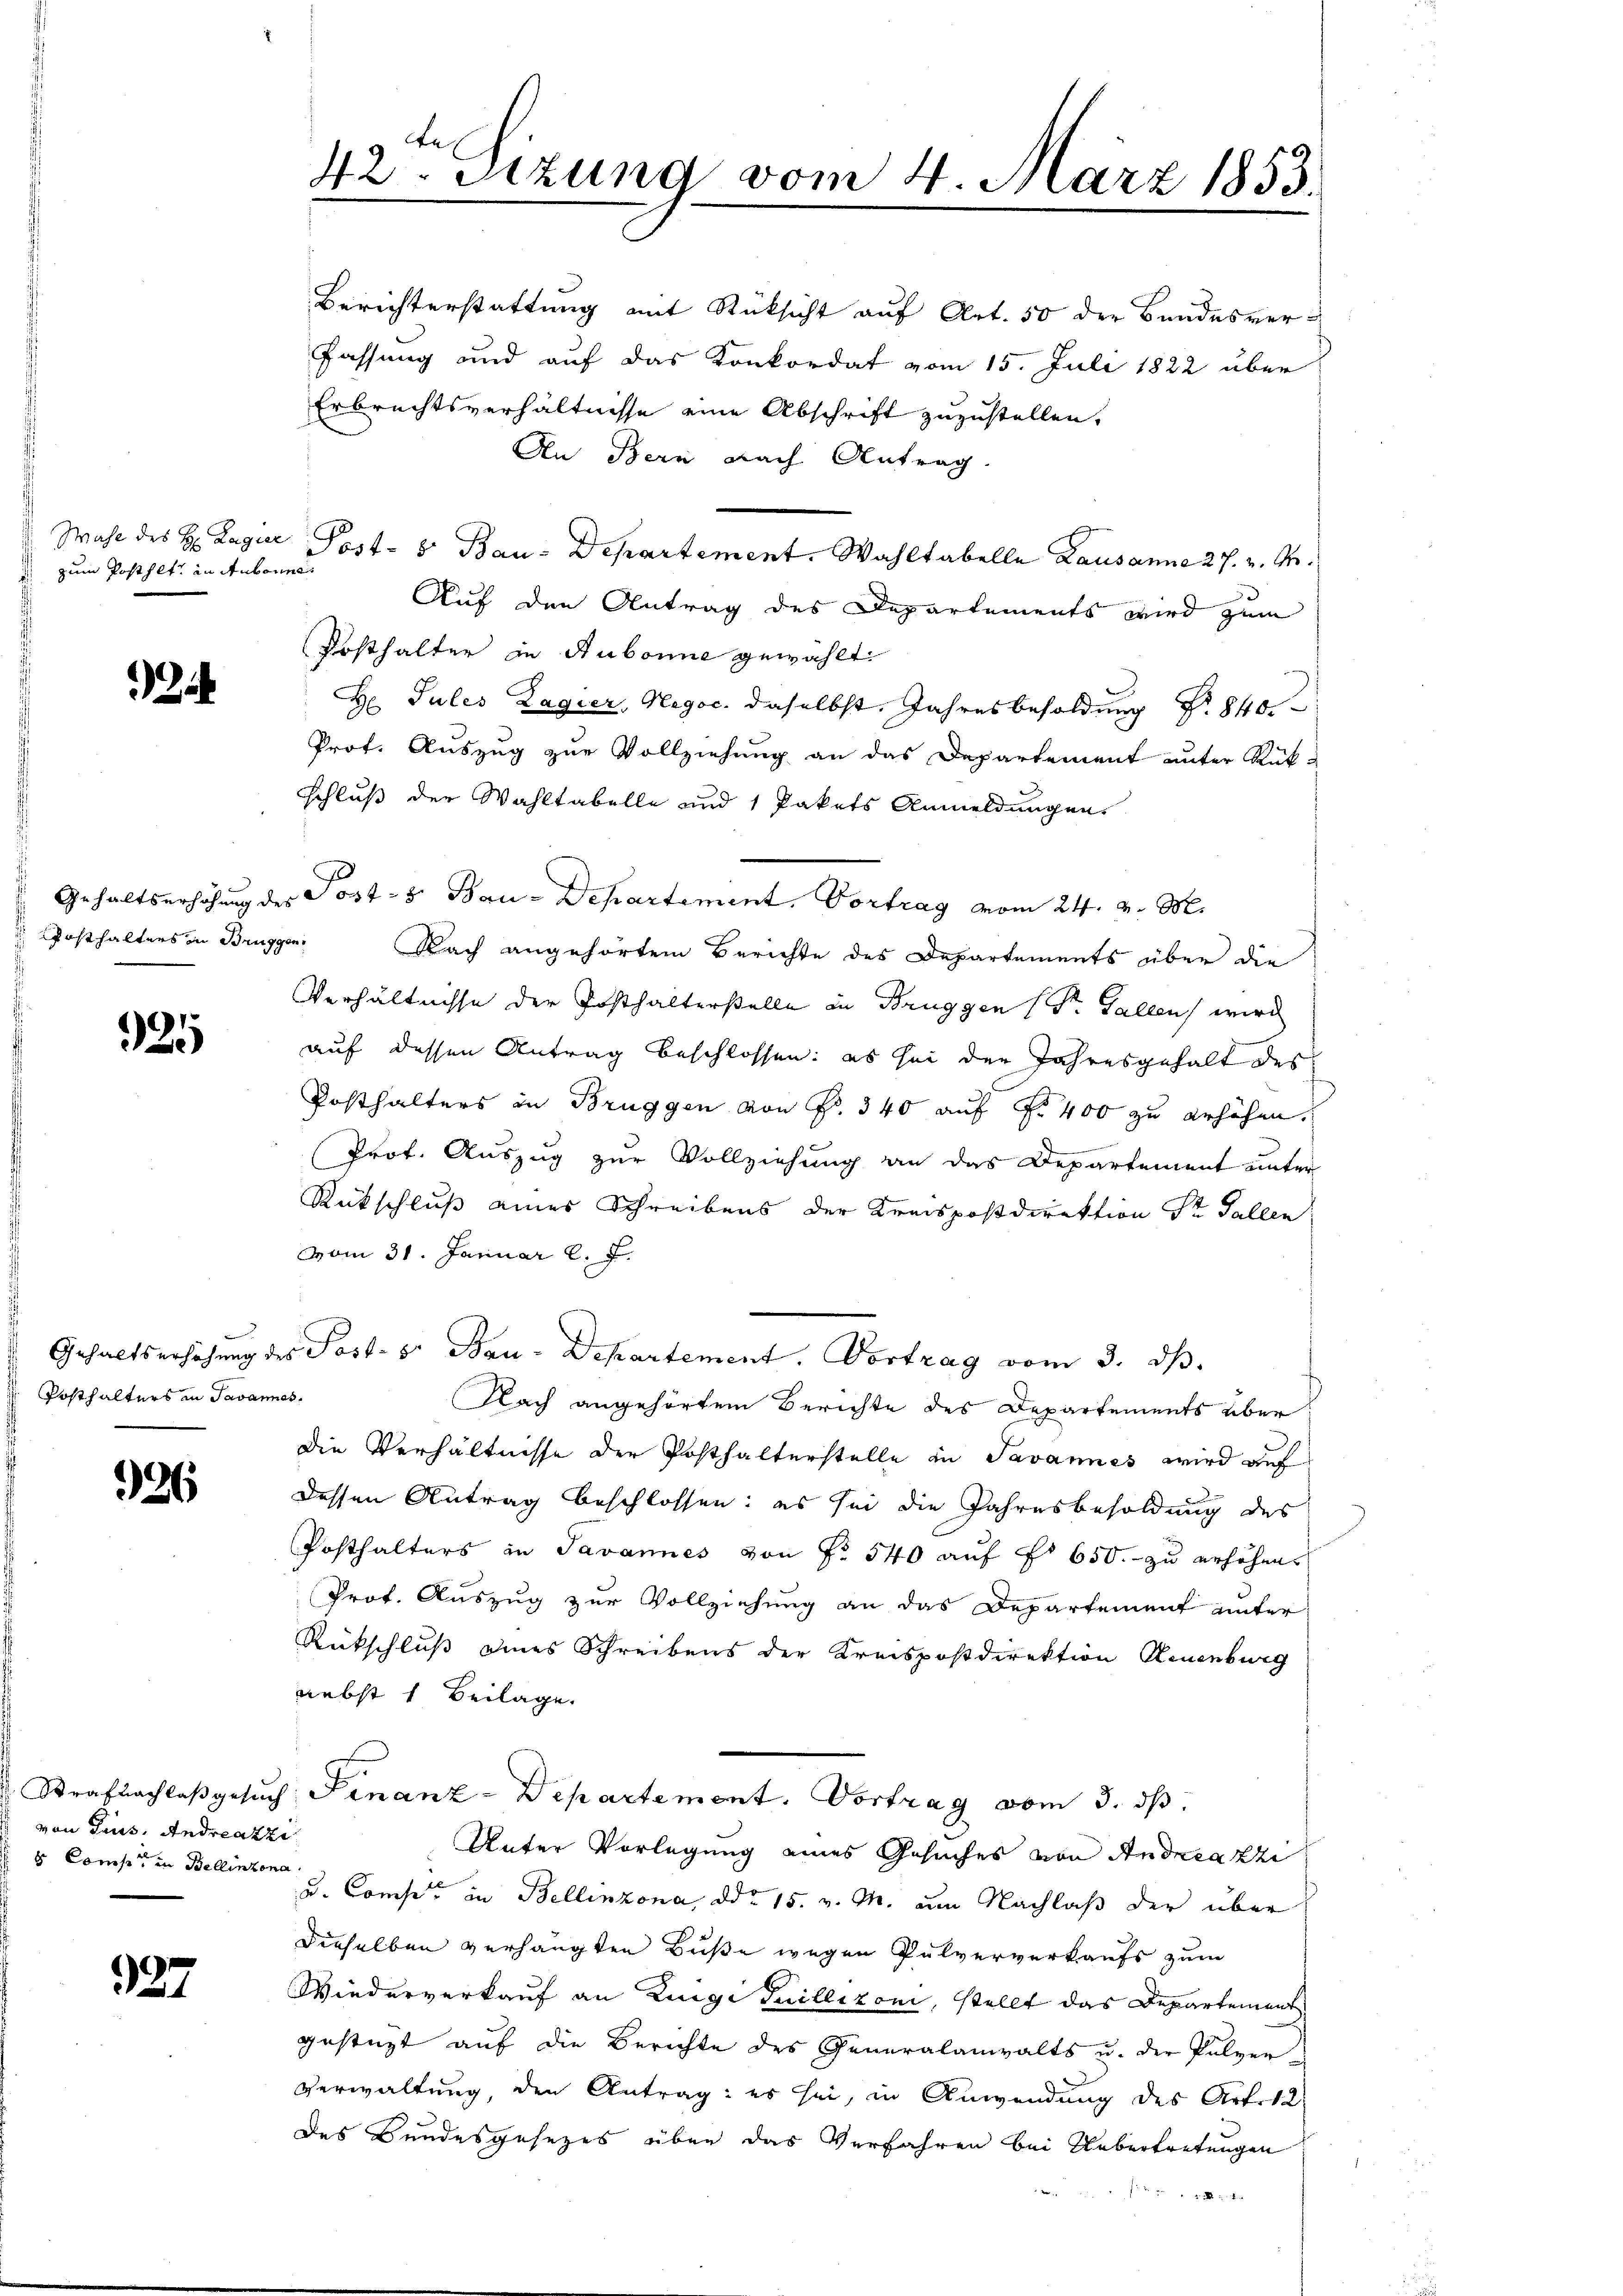
zum Posthet, in Aubonne

2

921

Posthalters in Savannes.

36

von Gruss. Andreazzi
8 Comp. in Bellinzona.

27

42. Sitzung vom 4. März 1853.

Berichterstattung mit Rücksicht auf Art. 50 der Bundesverfassung und auf das Konkordat vom 15. Juli 1822 über
Erbrechtsverhältnisse eine Abschrift zuzustellen.
An Bern nach Antrag.
Wahl des H. Lager Post- 8. Bau-Departement. Wahltabelle Lausanna 27. v. M.
Auf den Antrag des Departements wird zum
Posthalter in Hubonne gewählt
H Jules Lagier, Negoc. daselbst. Jahresbesoldung Nr. 840
Prof. Auszug zur Vollziehung an das Departement unter Rück-
schluß der Wahltabelle und 1 Pakets Anmeldungen
Gehaltserhöhung des Post- u. Bau-Departement. Vortrag vom 24. v. M.
 Posthalters in Brüssen. Nach angehörtem Berichte des Departements über die
Verhältnisse der Posthalterstelle in Bruggen (Dr. Gallen wird
auf dessen Antrag beschlossen: es sei der Jahresgehalt des
Posthalters in Brüggen von Fr. 340 auf Fr. 400 zu erhöhen.
Prot. Auszug zur Vollziehung an das Departement unter
Rütschluß eines Schreibens der Kreispostdirektion Sr. Gallen
vom 31. Januar l. J.
Gehaltserhöhung des Post. v. Bau-Departement. Vortrag vom 3. ds.
Nach angehörtem Berichte des Departements über
die Verhältnisse der Posthalterstelle in Savannes wird auf
dessen Antrag beschlossen: es sei die Jahresbesoldung des
Posthalters in Javannes von Fr. 540 auf No 650.- zu erhöhens
Prot. Auszug zur Vollziehung an das Departement unter
Rückschluß eines Schreibens der Kreispostdirektion Reuenburg
nebst 1 Beilage.
Strafnachlaβgesŭch Finanz-Departement. Vortrag vom 3. ds.
Unter Vorlegung eines Gesuches von Andreazzi
u. Conser in Bellinzona, ddo 15. v. M. am Nachlaß der über
dieselben verhängten Buße wegen Pulververkaufs zum
Wiederverkauf an Zuge Guillioni, stellt das Departement
gestüzt auf die Berichte des Generalanwalts u. der Pulver-
Verwaltung, den Antrag: es sei, in Anwendung des Art. 12.
des Bundesgesezes über das Verfahren bei Uebertretungen